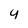
Character: 4